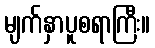
မျက်နှာပူစရာကြီး။